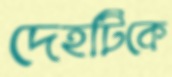
দেহটিকে